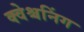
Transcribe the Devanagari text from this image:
क्वेश्चनिंग